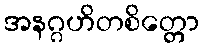
အနဂ္ဂဟိတစိတ္တော